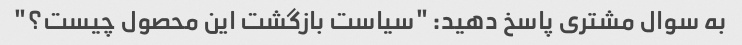
به سوال مشتری پاسخ دهید: "سیاست بازگشت این محصول چیست؟"